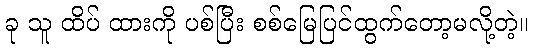
ခု သူ ထိပ် ထားကို ပစ်ပြီး စစ်မြေပြင်ထွက်တော့မလို့တဲ့။